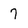
Character: 7